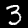
Label: 3